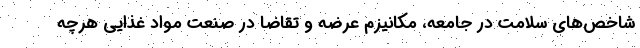
شاخص‌های سلامت در جامعه، مکانیزم عرضه و تقاضا در صنعت مواد غذایی هرچه